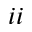
^ { i i }